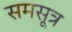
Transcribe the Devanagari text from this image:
समसूत्र